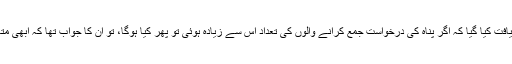
پريس کانفرنس ميں جب فيمان سے يہ دريافت کيا گيا کہ اگر پناہ کی درخواست جمع کرانے والوں کی تعداد اس سے زيادہ ہوئی تو پھر کيا ہوگا، تو ان کا جواب تھا کہ ابھی متعلقہ ماہرين اس معاملے کا جائزہ ليں گے۔